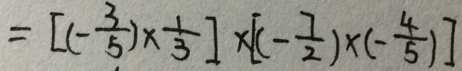
= [ ( - \frac { 3 } { 5 } ) \times \frac { 1 } { 3 } ] \times [ ( - \frac { 7 } { 2 } ) \times ( - \frac { 4 } { 5 } ) ]